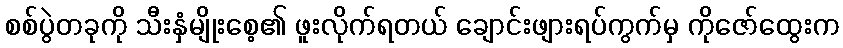
စစ်ပွဲတခုကို သီးနှံမျိုးစေ့၏ ဖူးလိုက်ရတယ် ချောင်းဖျားရပ်ကွက်မှ ကိုဇော်ထွေးက